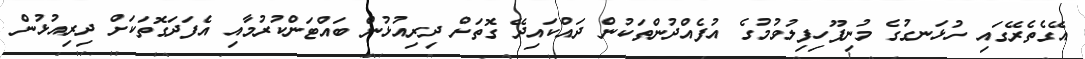
އޭގެތެރޭގައި ހުޅަނގުގެ މުނިފޫހިފިލުވުމުގެ އުފެއްދުންތަކުން ދައްކައިދޭ ގޮތަށް ދިރިއުޅުން ބައްޓަންކުރުމާއި އެފަދަގޮތަކަށް ދިރިއުޅުން